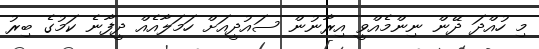
މި ހުއްދަ ދޭން ނިންމެއްވީ އިރާނުން ސައުދީއަށް ހަމަލާއެއް ދީފާނެ ކަމުގެ ބިރު